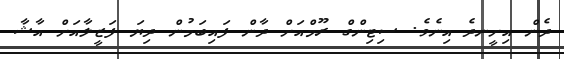
ދެން އިށީނދެ އިނެވެ. ސިޓިންގް ރޫމްއަށް ދާން ފައިބަމުން ދިޔަ ފަޒީލާއަށް އާޝާ